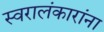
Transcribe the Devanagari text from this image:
स्वरालंकारांना